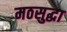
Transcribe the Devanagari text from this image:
मठसुद्धा